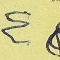
٤